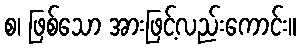
စ၊ ဖြစ်သော အားဖြင့်လည်းကောင်း။